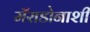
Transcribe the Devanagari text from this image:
मॅराडोनाशी